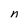
Character: n